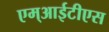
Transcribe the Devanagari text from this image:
एम्आईटीएस